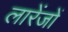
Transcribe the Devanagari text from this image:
लारेंजों